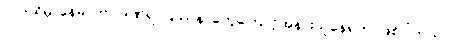
လက်ရှိမှာနေမာဟာ ဒဏ်ရာပြဿနာတွေကြောင့်အနားယူနေရတာဖြစ်ပါတယ်။